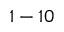
~ 1 - 1 0